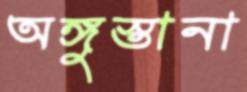
অঙ্গুস্তানা